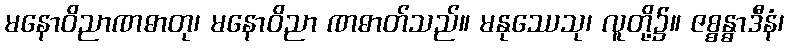
မနောဝိညာဏဓာတု၊ မနောဝိညာ ဏဓာတ်သည်။ မနုဿေသု၊ လူတို့၌။ ဇစ္စန္ဓာဒီနံ၊